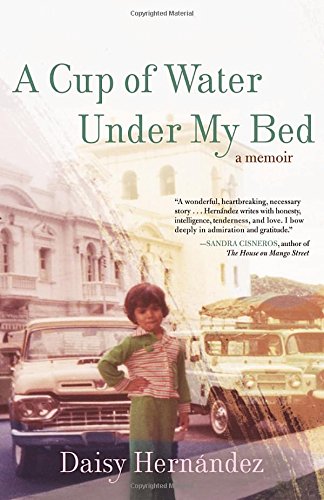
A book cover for A Cup of Water Under My Bed: A Memoir; Daisy Hernandez; Gay & Lesbian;